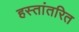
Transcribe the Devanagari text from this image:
हस्तांतरित